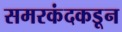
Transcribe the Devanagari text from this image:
समरकंदकडून